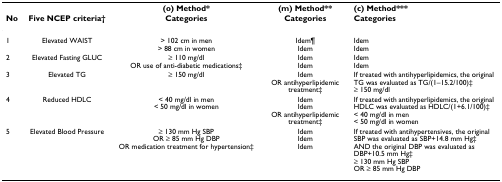
|  |  | (o) Method* | (m) Method** | (c) Method*** |
 | No | Five NCEP criteria† | Categories | Categories | Categories |
 | --- | --- | --- | --- | --- |
 | 1 | Elevated WAIST | > 102 cm in men> 88 cm in women | Idem¶Idem | IdemIdem |
 | 2 | Elevated Fasting GLUC | ≥ 110 mg/dlOR use of anti-diabetic medications‡ | IdemIdem | IdemIdem |
 | 3 | Elevated TG | ≥ 150 mg/dl | IdemOR antihyperlipidemic treatment‡ | If treated with antihyperlipidemics, the original TG was evaluated as TG/(1–15.2/100)‡≥ 150 mg/dl |
 | 4 | Reduced HDLC | < 40 mg/dl in men< 50 mg/dl in women | IdemIdemOR antihyperlipidemic treatment‡ | If treated with antihyperlipidemics, the original HDLC was evaluated as HDLC/(1+6.1/100)‡< 40 mg/dl in men< 50 mg/dl in women |
 | 5 | Elevated Blood Pressure | ≥ 130 mm Hg SBPOR ≥ 85 mm Hg DBPOR medication treatment for hypertension‡ | IdemIdemIdem | If treated with antihypertensives, the original SBP was evaluated as SBP+14.8 mm Hg‡AND the original DBP was evaluated as DBP+10.5 mm Hg‡≥ 130 mm Hg SBPOR ≥ 85 mm Hg DBP |